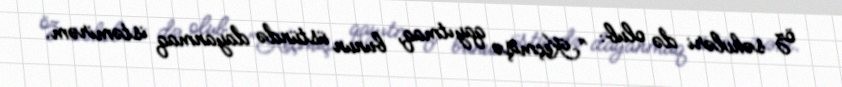
öz səhvləri də olub: "Keçmişə qayıtmaq, bunun üstündə dayanmaq istəmirəm.